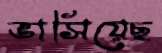
ভাসিয়েছ